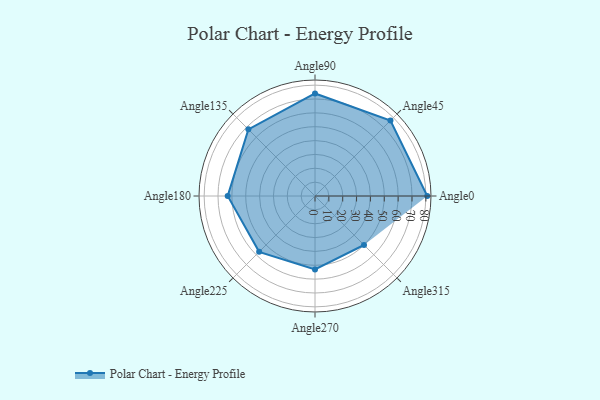
{"axis": {"x": "Angle", "y": "Radius"}, "legend": [""], "data": [{"x": "Angle0", "y": 81.0, "type": ""}, {"x": "Angle45", "y": 77.0, "type": ""}, {"x": "Angle90", "y": 74.0, "type": ""}, {"x": "Angle135", "y": 68.0, "type": ""}, {"x": "Angle180", "y": 63.0, "type": ""}, {"x": "Angle225", "y": 57.0, "type": ""}, {"x": "Angle270", "y": 53.0, "type": ""}, {"x": "Angle315", "y": 50.0, "type": ""}]}